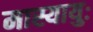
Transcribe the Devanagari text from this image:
मास्यायुः